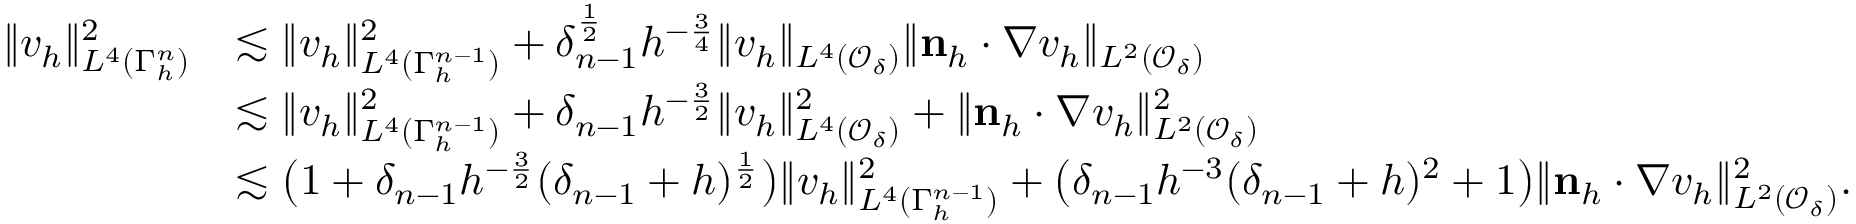
\begin{array} { r l } { \| v _ { h } \| _ { L ^ { 4 } ( \Gamma _ { h } ^ { n } ) } ^ { 2 } } & { \lesssim \| v _ { h } \| _ { L ^ { 4 } ( \Gamma _ { h } ^ { n - 1 } ) } ^ { 2 } + \delta _ { n - 1 } ^ { \frac 1 2 } h ^ { - \frac 3 4 } \| v _ { h } \| _ { L ^ { 4 } ( \mathcal { O } _ { \delta } ) } \| \mathbf n _ { h } \cdot \nabla v _ { h } \| _ { L ^ { 2 } ( \mathcal { O } _ { \delta } ) } } \\ & { \lesssim \| v _ { h } \| _ { L ^ { 4 } ( \Gamma _ { h } ^ { n - 1 } ) } ^ { 2 } + \delta _ { n - 1 } h ^ { - \frac 3 2 } \| v _ { h } \| _ { L ^ { 4 } ( \mathcal { O } _ { \delta } ) } ^ { 2 } + \| \mathbf n _ { h } \cdot \nabla v _ { h } \| _ { L ^ { 2 } ( \mathcal { O } _ { \delta } ) } ^ { 2 } } \\ & { \lesssim \big ( 1 + \delta _ { n - 1 } h ^ { - \frac 3 2 } ( \delta _ { n - 1 } + h ) ^ { \frac 1 2 } \big ) \| v _ { h } \| _ { L ^ { 4 } ( \Gamma _ { h } ^ { n - 1 } ) } ^ { 2 } + \big ( \delta _ { n - 1 } h ^ { - 3 } ( \delta _ { n - 1 } + h ) ^ { 2 } + 1 \big ) \| \mathbf n _ { h } \cdot \nabla v _ { h } \| _ { L ^ { 2 } ( \mathcal { O } _ { \delta } ) } ^ { 2 } . } \end{array}